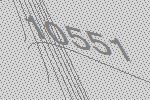
10551